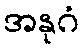
အနုဂံ